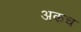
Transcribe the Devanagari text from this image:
अकच